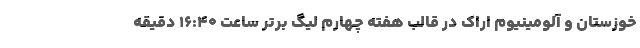
خوزستان و آلومینیوم اراک در قالب هفته چهارم لیگ برتر ساعت ۱۶:۴۰ دقیقه